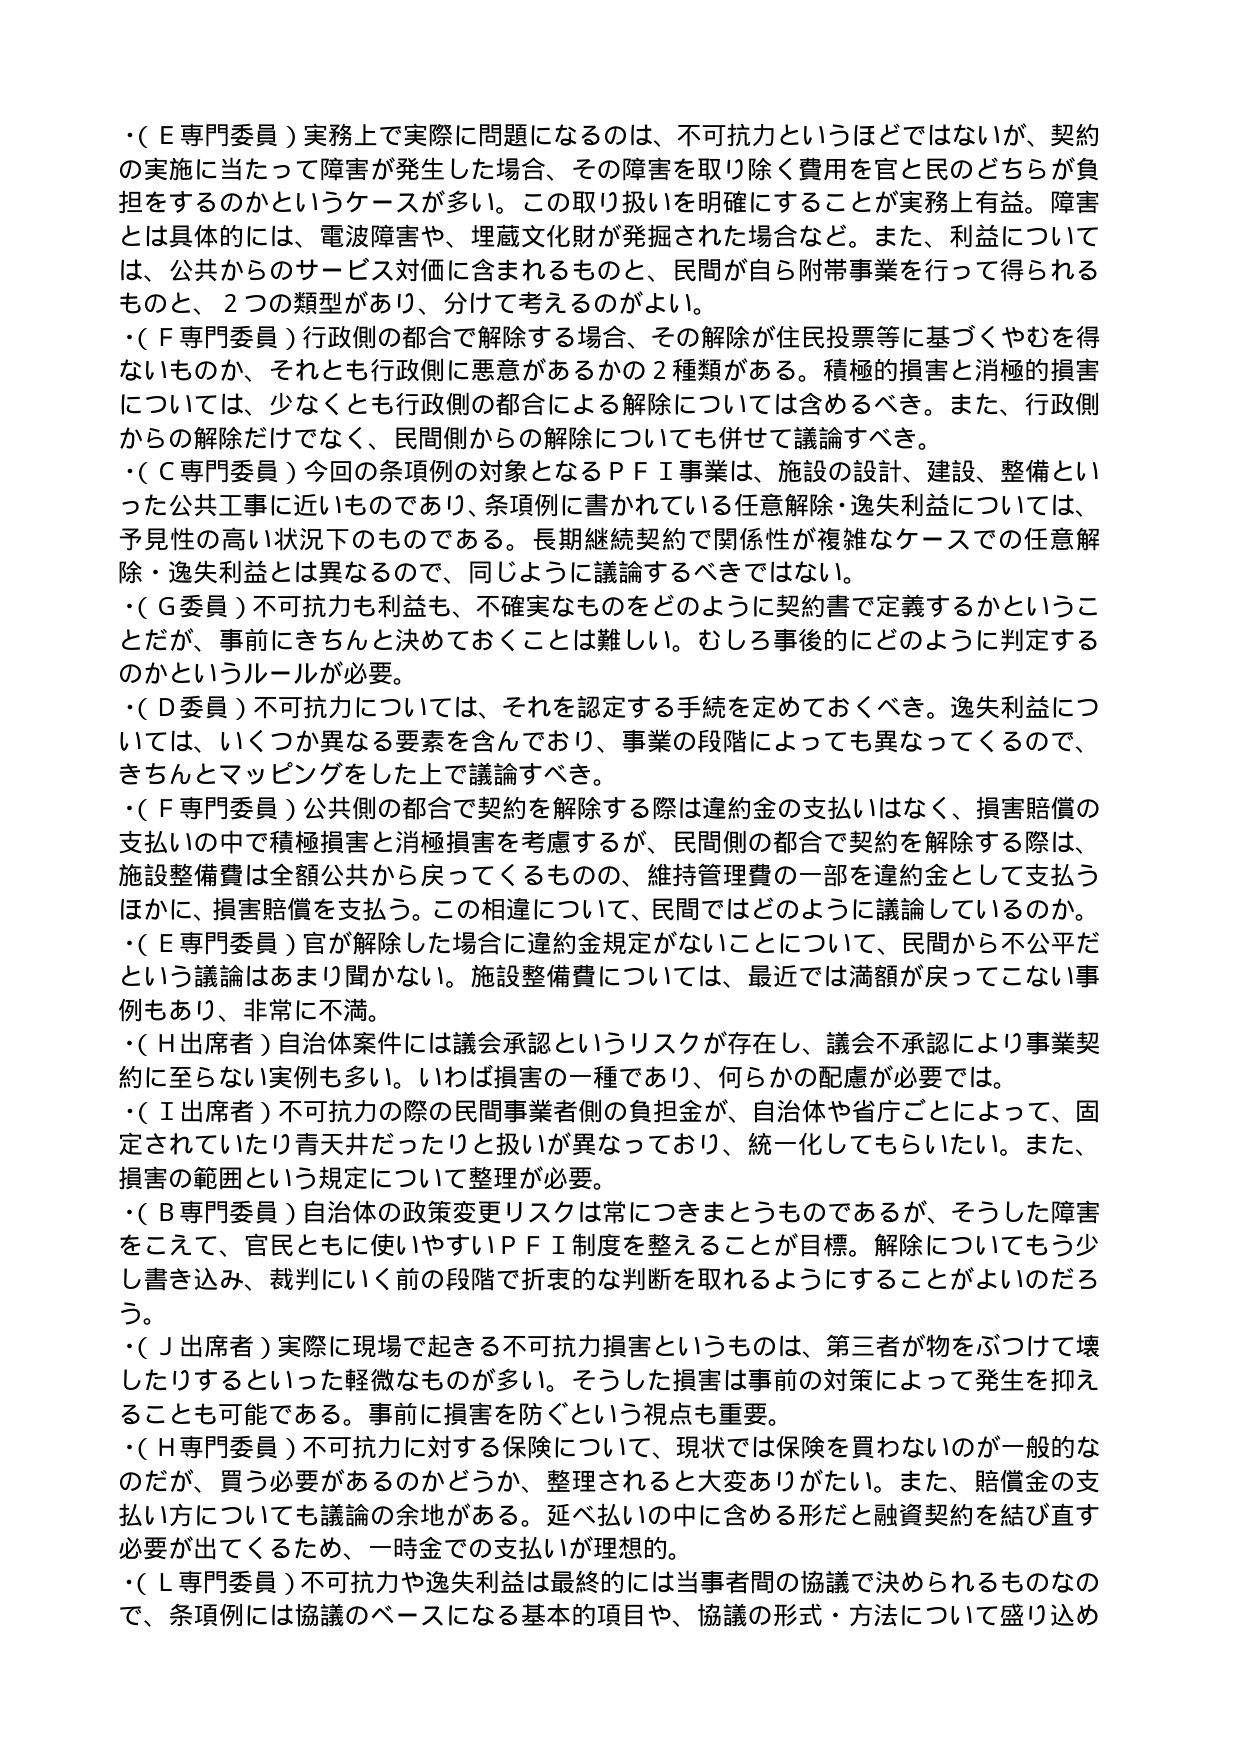
・(Ｅ専門委員)実務上で実際に問題になるのは、不可抗力というほどではないが、契約の実施に当たって障害が発生した場合、その障害を取り除く費用を官と民のどちらが負担をするのかというケースが多い。この取り扱いを明確にすることが実務上有益。障害とは具体的には、電波障害や、埋蔵文化財が発掘された場合など。また、利益については、公共からのサービス対価に含まれるものと、民間が自ら附帯事業を行って得られるものと、2つの類型があり、分けて考えるのがよい。

・(Ｆ専門委員)行政側の都合で解除する場合、その解除が住民投票等に基づくやむを得ないものか、それとも行政側に悪意があるかの2種類がある。積極的損害と消極的損害については、少なくとも行政側の都合による解除については含めるべき。また、行政側からの解除だけでなく、民間側からの解除についても併せて議論すべき。

・(Ｃ専門委員)今回の条項例の対象となるＰＦＩ事業は、施設の設計、建設、整備といった公共工事に近いものであり、条項例に書かれている任意解除・逸失利益については、予見性の高い状況下のものである。長期継続契約で関係性が複雑なケースでの任意解除・逸失利益とは異なるので、同じように議論するべきではない。

・(Ｇ委員)不可抗力も利益も、不確実なものをどのように契約書で定義するかということだが、事前にきちんと決めておくことは難しい。むしろ事後的にどのように判定するのかというルールが必要。

・(Ｄ委員)不可抗力については、それを認定する手続を定めておくべき。逸失利益については、いくつか異なる要素を含んでおり、事業の段階によっても異なってくるので、きちんとマッピングをした上で議論すべき。

・(Ｆ専門委員)公共側の都合で契約を解除する際は違約金の支払いはなく、損害賠償の支払いの中で積極損害と消極損害を考慮するが、民間側の都合で契約を解除する際は、施設整備費は全額公共から戻ってくるものの、維持管理費の一部を違約金として支払うほかに、損害賠償を支払う。この相違について、民間ではどのように議論しているのか。

・(Ｅ専門委員)官が解除した場合に違約金規定がないことについて、民間から不公平だという議論はあまり聞かない。施設整備費については、最近では満額が戻ってこない事例もあり、非常に不満。

・(Ｈ出席者)自治体案件には議会承認というリスクが存在し、議会不承認により事業契約に至らない実例も多い。いわば損害の一種であり、何らかの配慮が必要では。

・(Ｉ出席者)不可抗力の際の民間事業者側の負担金が、自治体や省庁ごとによって、固定されていたり青天井だったりと扱いが異なっており、統一化してもらいたい。また、損害の範囲という規定について整理が必要。

・(Ｂ専門委員)自治体の政策変更リスクは常につきまとうものであるが、そうした障害をこえて、官民ともに使いやすいＰＦＩ制度を整えることが目標。解除についてもう少し書き込み、裁判にいく前の段階で折衷的な判断を取れるようにすることがよいのだろう。

・(Ｊ出席者)実際に現場で起きる不可抗力損害というものは、第三者が物をぶつけて壊したりするといった軽微なものが多い。そうした損害は事前の対策によって発生を抑えることも可能である。事前に損害を防ぐという視点も重要。

・(Ｈ専門委員)不可抗力に対する保険について、現状では保険を買わないのが一般的なのだが、買う必要があるのかどうか、整理されると大変ありがたい。また、賠償金の支払い方についても議論の余地がある。延べ払いの中に含める形だと融資契約を結び直す必要が出てくるため、一時金での支払いが理想的。

・(Ｌ専門委員)不可抗力や逸失利益は最終的には当事者間の協議で決められるものなので、条項例には協議のベースになる基本的項目や、協議の形式・方法について盛り込め